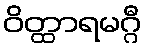
ဝိတ္ထာရမဂ္ဂီ